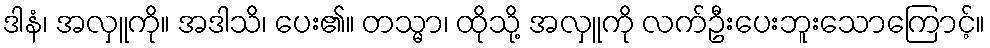
ဒါနံ၊ အလှူကို။ အဒါသိ၊ ပေး၏။ တသ္မာ၊ ထိုသို့ အလှူကို လက်ဦးပေးဘူးသောကြောင့်။